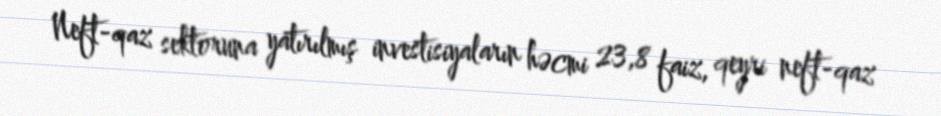
Neft-qaz sektoruna yatırılmış investisiyaların həcmi 23,8 faiz, qeyri neft-qaz